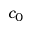
c _ { 0 }